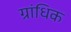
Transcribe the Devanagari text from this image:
ग्रांधिक